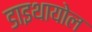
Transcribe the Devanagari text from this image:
डाइथायोल